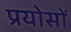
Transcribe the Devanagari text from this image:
प्रयोसों